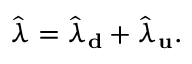
\hat { \lambda } = \hat { \lambda } _ { \bf d } + \hat { \lambda } _ { \bf u } .